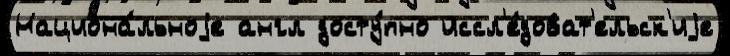
Национа́льноjе англ досту́пно иссл'е́доват'ельск'иjе